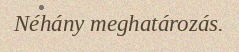
Néhány meghatározás.